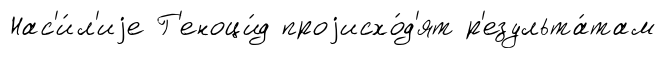
Нас'и́л'иjе Г'еноци́д проjисхо́д'ят р'езульта́там